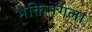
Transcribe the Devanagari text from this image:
भक्तिमंगला